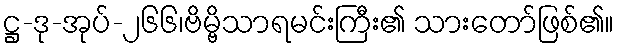
ဋ္ဌ-ဒု-အုပ်-၂၆၆၊ဗိမ္ဗိသာရမင်းကြီး၏ သားတော်ဖြစ်၏။